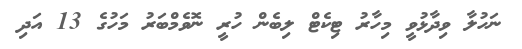
ނަހުލާ ވިދާޅުވީ މިހާރު ޓިކެޓް ލިބެން ހުރީ ނޮވެމްބަރު މަހުގެ 13 އަދި